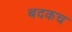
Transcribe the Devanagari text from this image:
बदकच